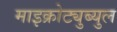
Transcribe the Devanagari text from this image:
माइक्रोट्युब्युल